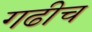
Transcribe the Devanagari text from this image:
गढीच